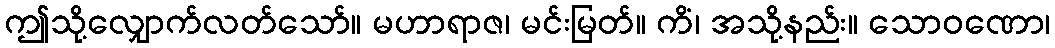
ဤသို့လျှောက်လတ်သော်။ မဟာရာဇ၊ မင်းမြတ်။ ကိံ၊ အသို့နည်း။ သောဝဏော၊